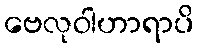
ဗေလုဝါဟာရာပိ